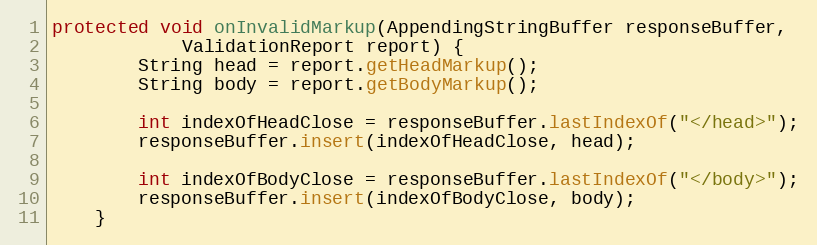
Language: Java
protected void onInvalidMarkup(AppendingStringBuffer responseBuffer,
			ValidationReport report) {
		String head = report.getHeadMarkup();
		String body = report.getBodyMarkup();

		int indexOfHeadClose = responseBuffer.lastIndexOf("</head>");
		responseBuffer.insert(indexOfHeadClose, head);

		int indexOfBodyClose = responseBuffer.lastIndexOf("</body>");
		responseBuffer.insert(indexOfBodyClose, body);
	}